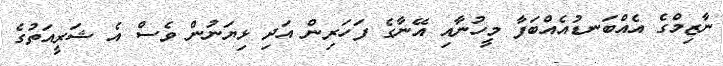
ނާޒިމްގެ އެއްބަނޑުއެއްބަފާ މީހުނާއި އޭނާގެ ފަހަރިން އަދި ޅިޔަނުން ވެސް އެ ޝަރީއަތުގެ